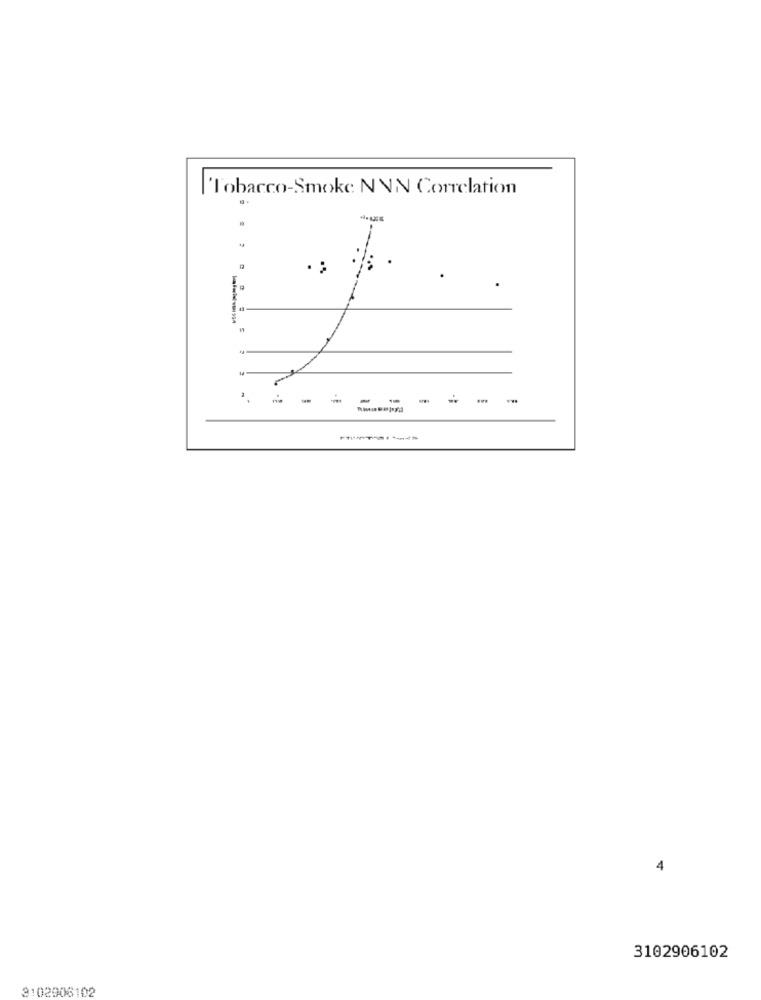
|Tobacco-Smoke NNN Correlation
12
43
-----
-
4
3102906102
3102906102